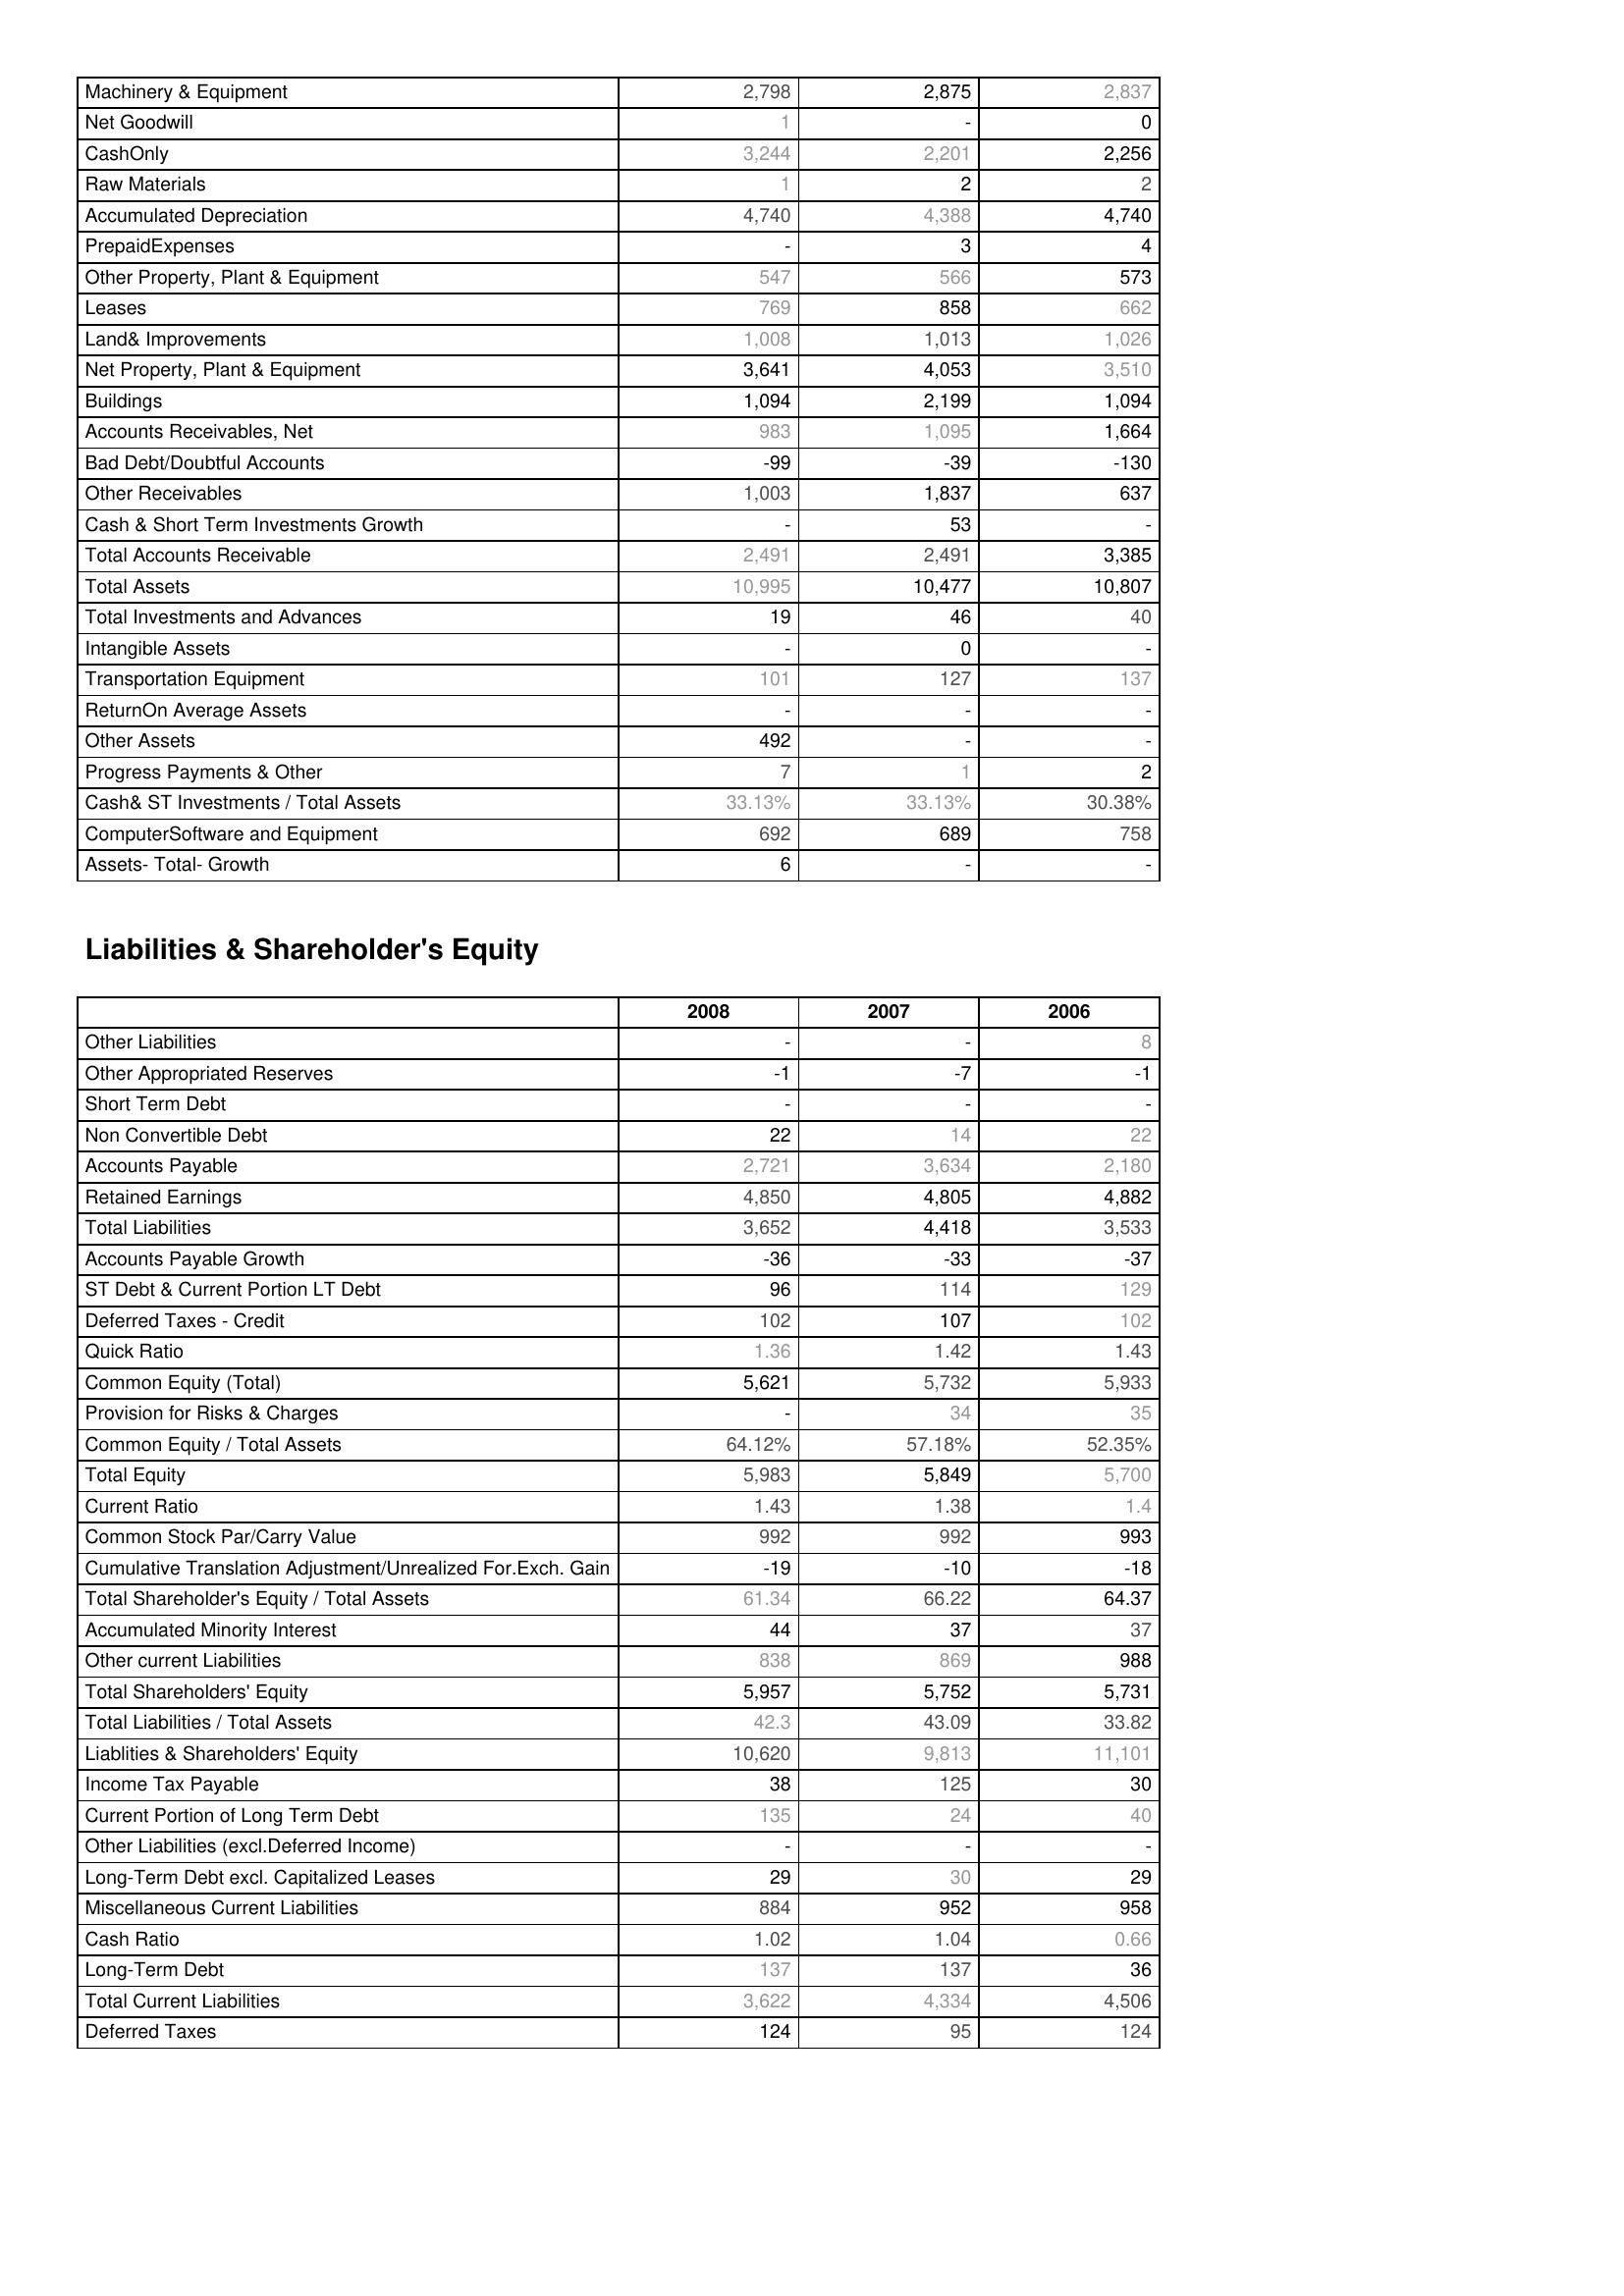
2008: Assets: Machinery & Equipment: 2,798
Net Goodwill: 1
CashOnly: 3,244
Raw Materials: 1
Accumulated Depreciation: 4,740
PrepaidExpenses: -
Other Property, Plant & Equipment: 547
Leases: 769
Land& Improvements: 1,008
Net Property, Plant & Equipment: 3,641
Buildings: 1,094
Accounts Receivables, Net: 983
Bad Debt/Doubtful Accounts: -99
Other Receivables: 1,003
Cash & Short Term Investments Growth: -
Total Accounts Receivable: 2,491
Total Assets: 10,995
Total Investments and Advances: 19
Intangible Assets: -
Transportation Equipment: 101
ReturnOn Average Assets: -
Other Assets: 492
Progress Payments & Other: 7
Cash& ST Investments / Total Assets: 33.13%
ComputerSoftware and Equipment: 692
Assets- Total- Growth: 6
Liabilities & Shareholder's Equity: Other Liabilities: -
Other Appropriated Reserves: -1
Short Term Debt: -
Non Convertible Debt: 22
Accounts Payable: 2,721
Retained Earnings: 4,850
Total Liabilities: 3,652
Accounts Payable Growth: -36
ST Debt & Current Portion LT Debt: 96
Deferred Taxes - Credit: 102
Quick Ratio: 1.36
Common Equity (Total): 5,621
Provision for Risks & Charges: -
Common Equity / Total Assets: 64.12%
Total Equity: 5,983
Current Ratio: 1.43
Common Stock Par/Carry Value: 992
Cumulative Translation Adjustment/Unrealized For.Exch. Gain: -19
Total Shareholder's Equity / Total Assets: 61.34
Accumulated Minority Interest: 44
Other current Liabilities: 838
Total Shareholders' Equity: 5,957
Total Liabilities / Total Assets: 42.3
Liablities & Shareholders' Equity: 10,620
Income Tax Payable: 38
Current Portion of Long Term Debt: 135
Other Liabilities (excl.Deferred Income): -
Long-Term Debt excl. Capitalized Leases: 29
Miscellaneous Current Liabilities: 884
Cash Ratio: 1.02
Long-Term Debt: 137
Total Current Liabilities: 3,622
Deferred Taxes: 124
2007: Assets: Machinery & Equipment: 2,875
Net Goodwill: -
CashOnly: 2,201
Raw Materials: 2
Accumulated Depreciation: 4,388
PrepaidExpenses: 3
Other Property, Plant & Equipment: 566
Leases: 858
Land& Improvements: 1,013
Net Property, Plant & Equipment: 4,053
Buildings: 2,199
Accounts Receivables, Net: 1,095
Bad Debt/Doubtful Accounts: -39
Other Receivables: 1,837
Cash & Short Term Investments Growth: 53
Total Accounts Receivable: 2,491
Total Assets: 10,477
Total Investments and Advances: 46
Intangible Assets: 0
Transportation Equipment: 127
ReturnOn Average Assets: -
Other Assets: -
Progress Payments & Other: 1
Cash& ST Investments / Total Assets: 33.13%
ComputerSoftware and Equipment: 689
Assets- Total- Growth: -
Liabilities & Shareholder's Equity: Other Liabilities: -
Other Appropriated Reserves: -7
Short Term Debt: -
Non Convertible Debt: 14
Accounts Payable: 3,634
Retained Earnings: 4,805
Total Liabilities: 4,418
Accounts Payable Growth: -33
ST Debt & Current Portion LT Debt: 114
Deferred Taxes - Credit: 107
Quick Ratio: 1.42
Common Equity (Total): 5,732
Provision for Risks & Charges: 34
Common Equity / Total Assets: 57.18%
Total Equity: 5,849
Current Ratio: 1.38
Common Stock Par/Carry Value: 992
Cumulative Translation Adjustment/Unrealized For.Exch. Gain: -10
Total Shareholder's Equity / Total Assets: 66.22
Accumulated Minority Interest: 37
Other current Liabilities: 869
Total Shareholders' Equity: 5,752
Total Liabilities / Total Assets: 43.09
Liablities & Shareholders' Equity: 9,813
Income Tax Payable: 125
Current Portion of Long Term Debt: 24
Other Liabilities (excl.Deferred Income): -
Long-Term Debt excl. Capitalized Leases: 30
Miscellaneous Current Liabilities: 952
Cash Ratio: 1.04
Long-Term Debt: 137
Total Current Liabilities: 4,334
Deferred Taxes: 95
2006: Assets: Machinery & Equipment: 2,837
Net Goodwill: 0
CashOnly: 2,256
Raw Materials: 2
Accumulated Depreciation: 4,740
PrepaidExpenses: 4
Other Property, Plant & Equipment: 573
Leases: 662
Land& Improvements: 1,026
Net Property, Plant & Equipment: 3,510
Buildings: 1,094
Accounts Receivables, Net: 1,664
Bad Debt/Doubtful Accounts: -130
Other Receivables: 637
Cash & Short Term Investments Growth: -
Total Accounts Receivable: 3,385
Total Assets: 10,807
Total Investments and Advances: 40
Intangible Assets: -
Transportation Equipment: 137
ReturnOn Average Assets: -
Other Assets: -
Progress Payments & Other: 2
Cash& ST Investments / Total Assets: 30.38%
ComputerSoftware and Equipment: 758
Assets- Total- Growth: -
Liabilities & Shareholder's Equity: Other Liabilities: 8
Other Appropriated Reserves: -1
Short Term Debt: -
Non Convertible Debt: 22
Accounts Payable: 2,180
Retained Earnings: 4,882
Total Liabilities: 3,533
Accounts Payable Growth: -37
ST Debt & Current Portion LT Debt: 129
Deferred Taxes - Credit: 102
Quick Ratio: 1.43
Common Equity (Total): 5,933
Provision for Risks & Charges: 35
Common Equity / Total Assets: 52.35%
Total Equity: 5,700
Current Ratio: 1.4
Common Stock Par/Carry Value: 993
Cumulative Translation Adjustment/Unrealized For.Exch. Gain: -18
Total Shareholder's Equity / Total Assets: 64.37
Accumulated Minority Interest: 37
Other current Liabilities: 988
Total Shareholders' Equity: 5,731
Total Liabilities / Total Assets: 33.82
Liablities & Shareholders' Equity: 11,101
Income Tax Payable: 30
Current Portion of Long Term Debt: 40
Other Liabilities (excl.Deferred Income): -
Long-Term Debt excl. Capitalized Leases: 29
Miscellaneous Current Liabilities: 958
Cash Ratio: 0.66
Long-Term Debt: 36
Total Current Liabilities: 4,506
Deferred Taxes: 124